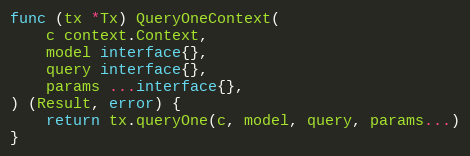
Language: Go
func (tx *Tx) QueryOneContext(
	c context.Context,
	model interface{},
	query interface{},
	params ...interface{},
) (Result, error) {
	return tx.queryOne(c, model, query, params...)
}